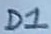
Text: D1